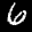
Label: 6